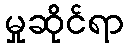
မှုဆိုင်ရာ